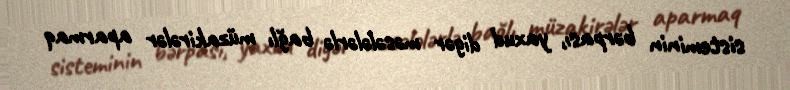
sisteminin bərpası, yaxud digər məsələlərlə bağlı müzakirələr aparmaq